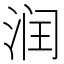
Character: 润